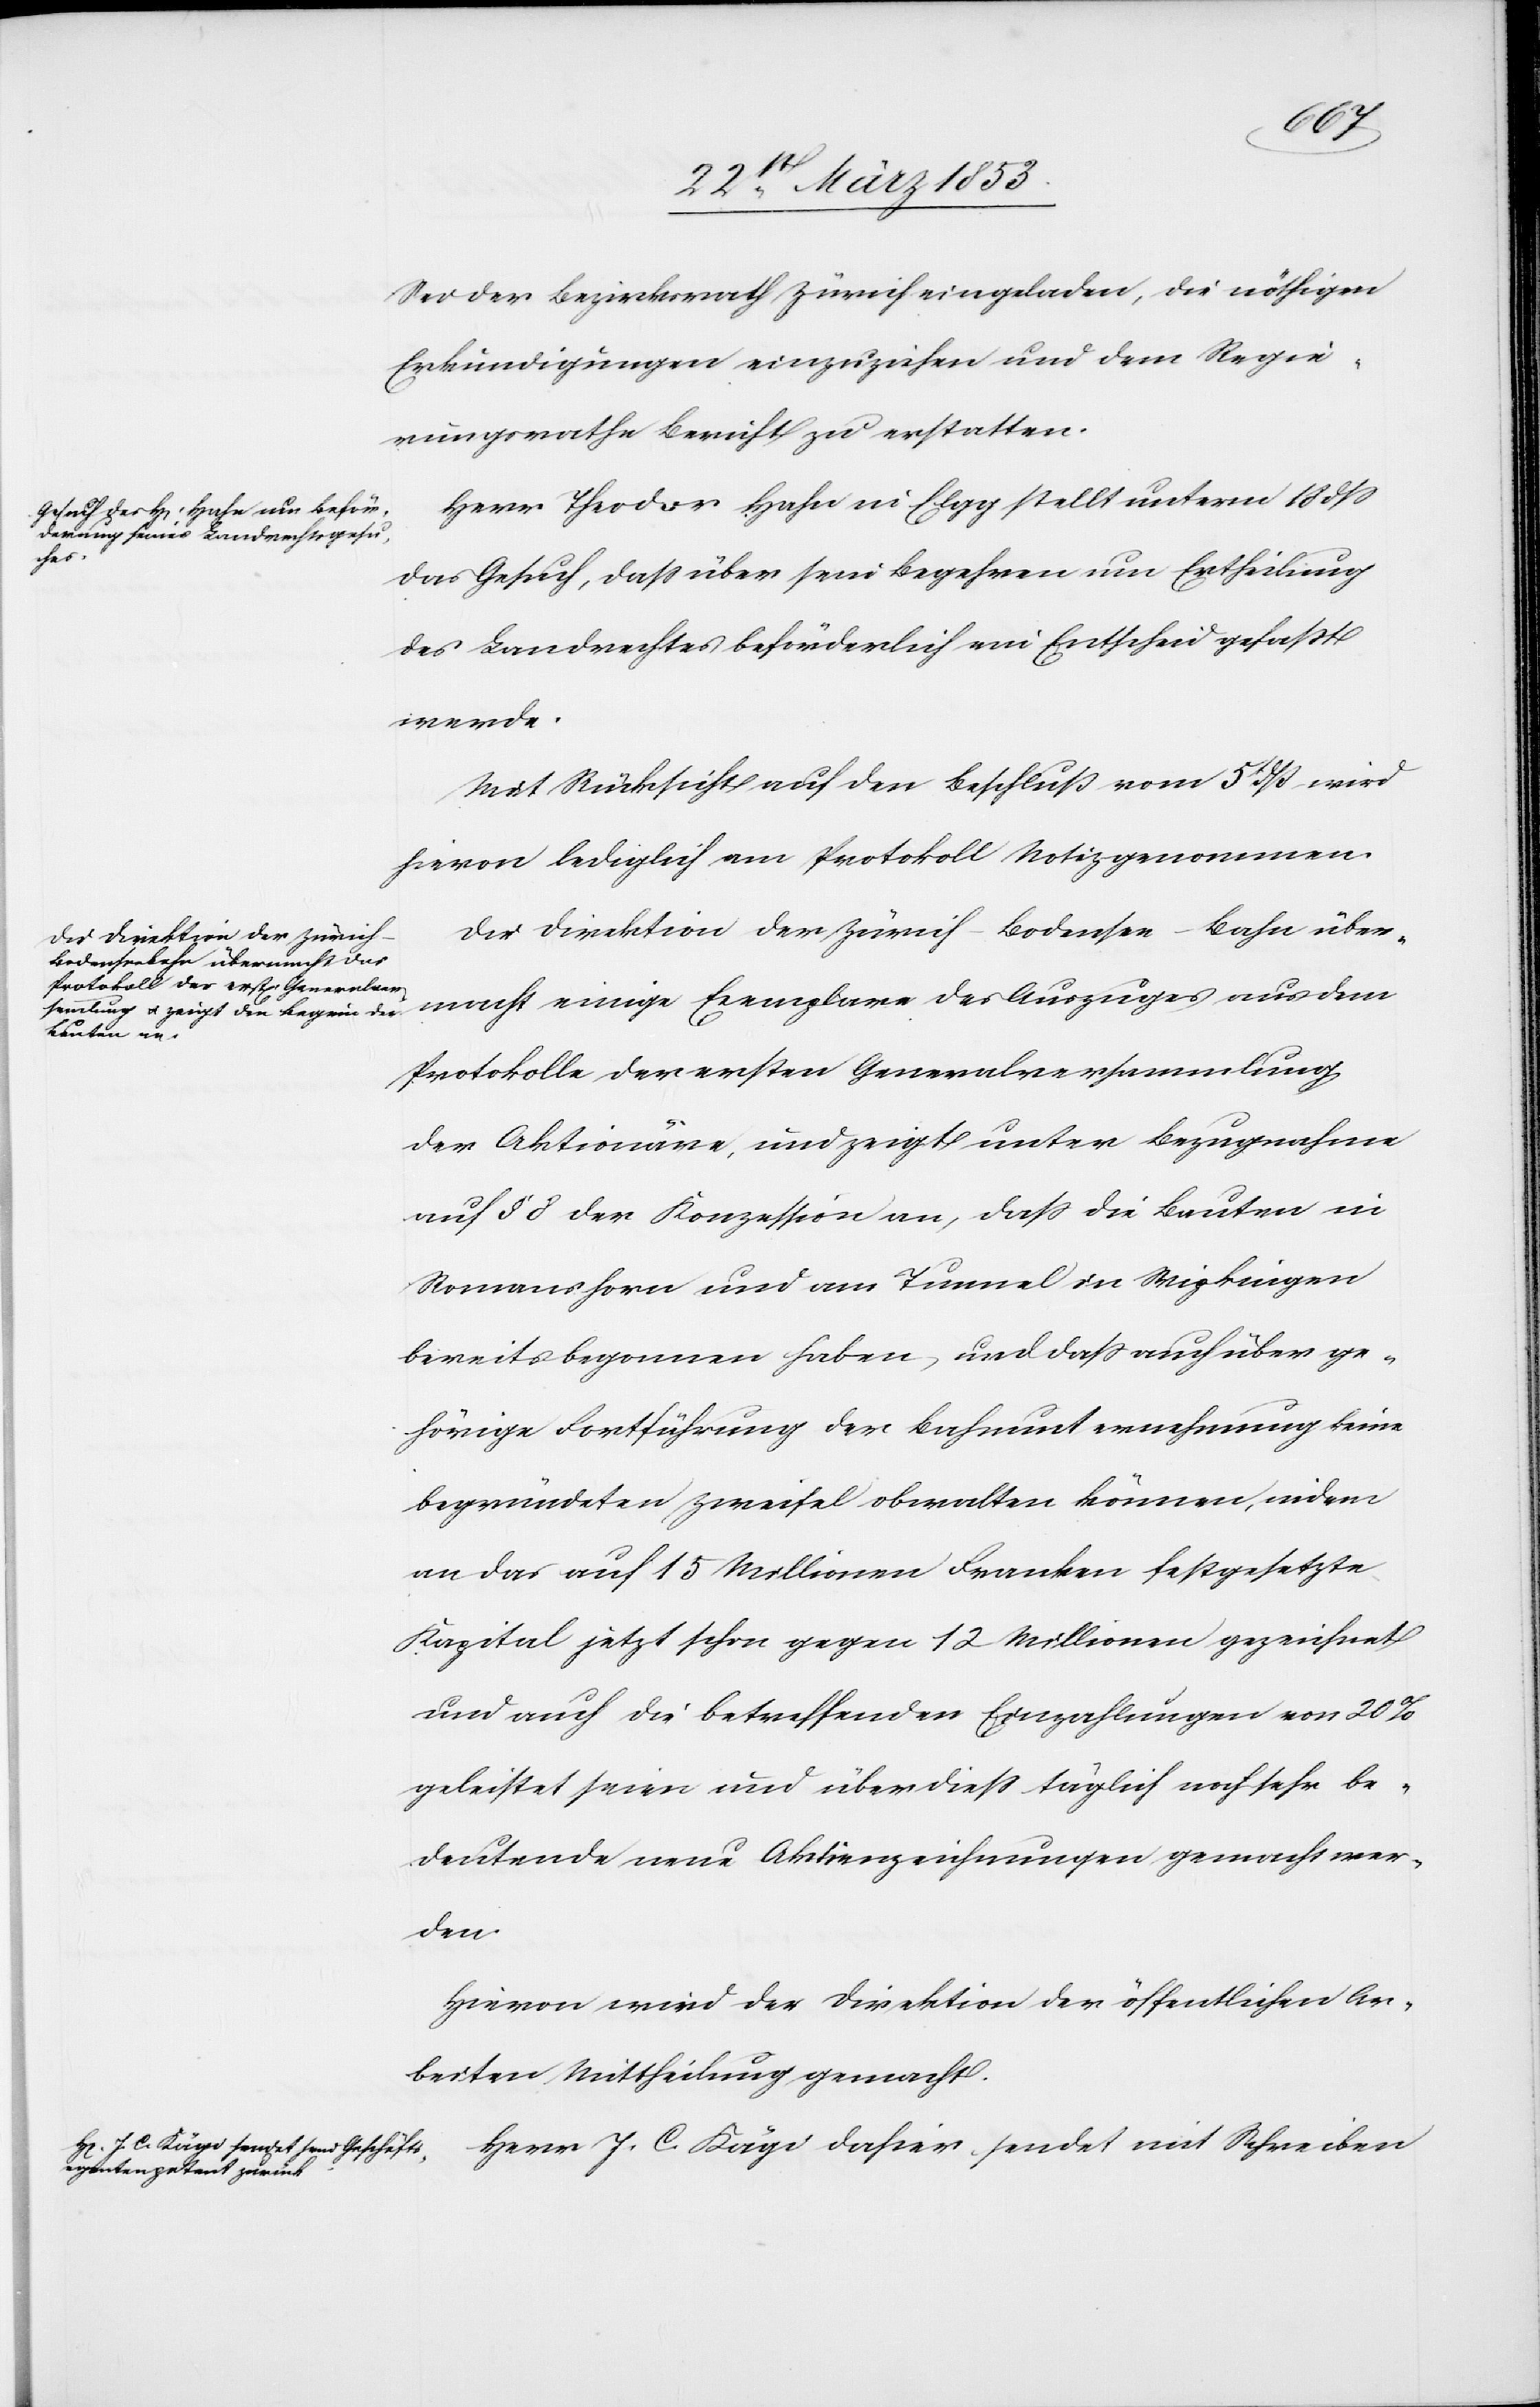
Sei der Bezirksrath Zürich eingeladen, die nöthigen
Erkundigungen einzuziehen und dem Regie¬
rungsrathe Bericht zu erstatten.
Herr Theodor Hahn in Elgg stellt unterm 18 dß
das Gesuch, daß über sein Begehren um Ertheilung
des Landrechtes beförderlich ein Entscheid gefaßt
werde.
Mit Rücksicht auf den Beschluß vom 5t. dß wird
hievon lediglich am Protokolle Notiz genommen.
Die Direktion der Zürich-Bodensee-Bahn über¬
macht einige Exemplare des Auszuges aus dem
Protokolle der ersten Generalversammlung
der Aktionäre, und zeigt unter Bezugnahme
auf § 8 der Konzession an, daß die Bauten in
Romanshorn und am Tunnel in Wipkingen
bereits begonnen haben, und daß auch über ge¬
hörige Fortführung der Bahnunternehmung keine
begründeten Zweifel obwalten können, indem
an das auf 15 Millionen Franken festgesetzte
Kapital jetzt schon gegen 12 Millionen gezeichnet
und auch die betreffenden Einzahlungen von 20
geleistet seien und überdieß täglich noch sehr be¬
deutende neue Aktienzeichnungen gemacht wer¬
den.
Hievon wird der Direktion der öffentlichen Ar¬
beiten Mittheilung gemacht.
Herr J. C. Kägi dahier sendet mit Schreiben